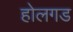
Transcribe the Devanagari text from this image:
होलगड